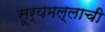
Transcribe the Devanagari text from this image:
सूर्यमल्लाची